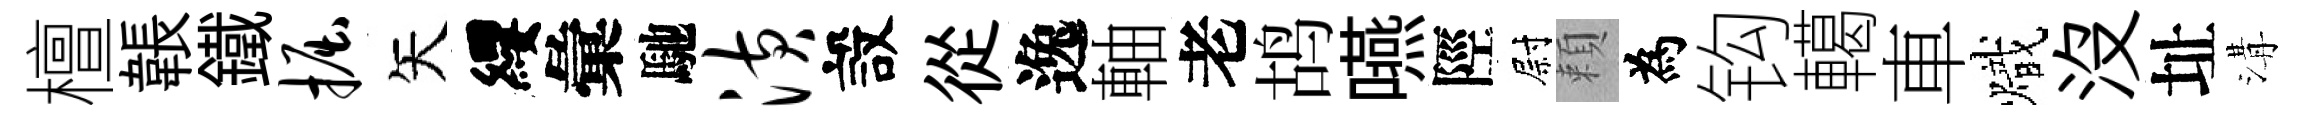
檀韔鐵掘矢纓彙馳潢設從逸軸老鸪嚥陘尉頼為钩轕車熾没址溝